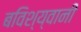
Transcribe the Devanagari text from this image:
बविश्य्वानी